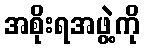
အစိုးရအဖွဲ့ကို